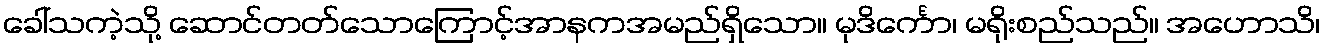
ခေါ်သကဲ့သို့ ဆောင်တတ်သောကြောင့်အာနကအမည်ရှိသော။ မုဒိင်္ကော၊ မရိုးစည်သည်။ အဟောသိ၊